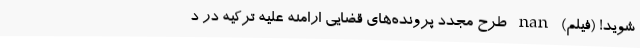
شوید! (فیلم) nan طرح مجدد پرونده‌های قضایی ارامنه علیه ترکیه در د